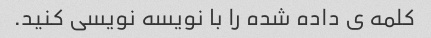
کلمه ی داده شده را با نویسه نویسی کنید.